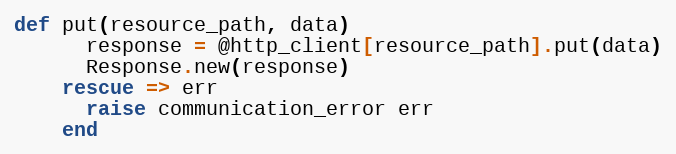
Language: Ruby
def put(resource_path, data)
      response = @http_client[resource_path].put(data)
      Response.new(response)
    rescue => err
      raise communication_error err
    end